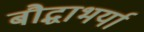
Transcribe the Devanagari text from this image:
बौद्धाभर्या